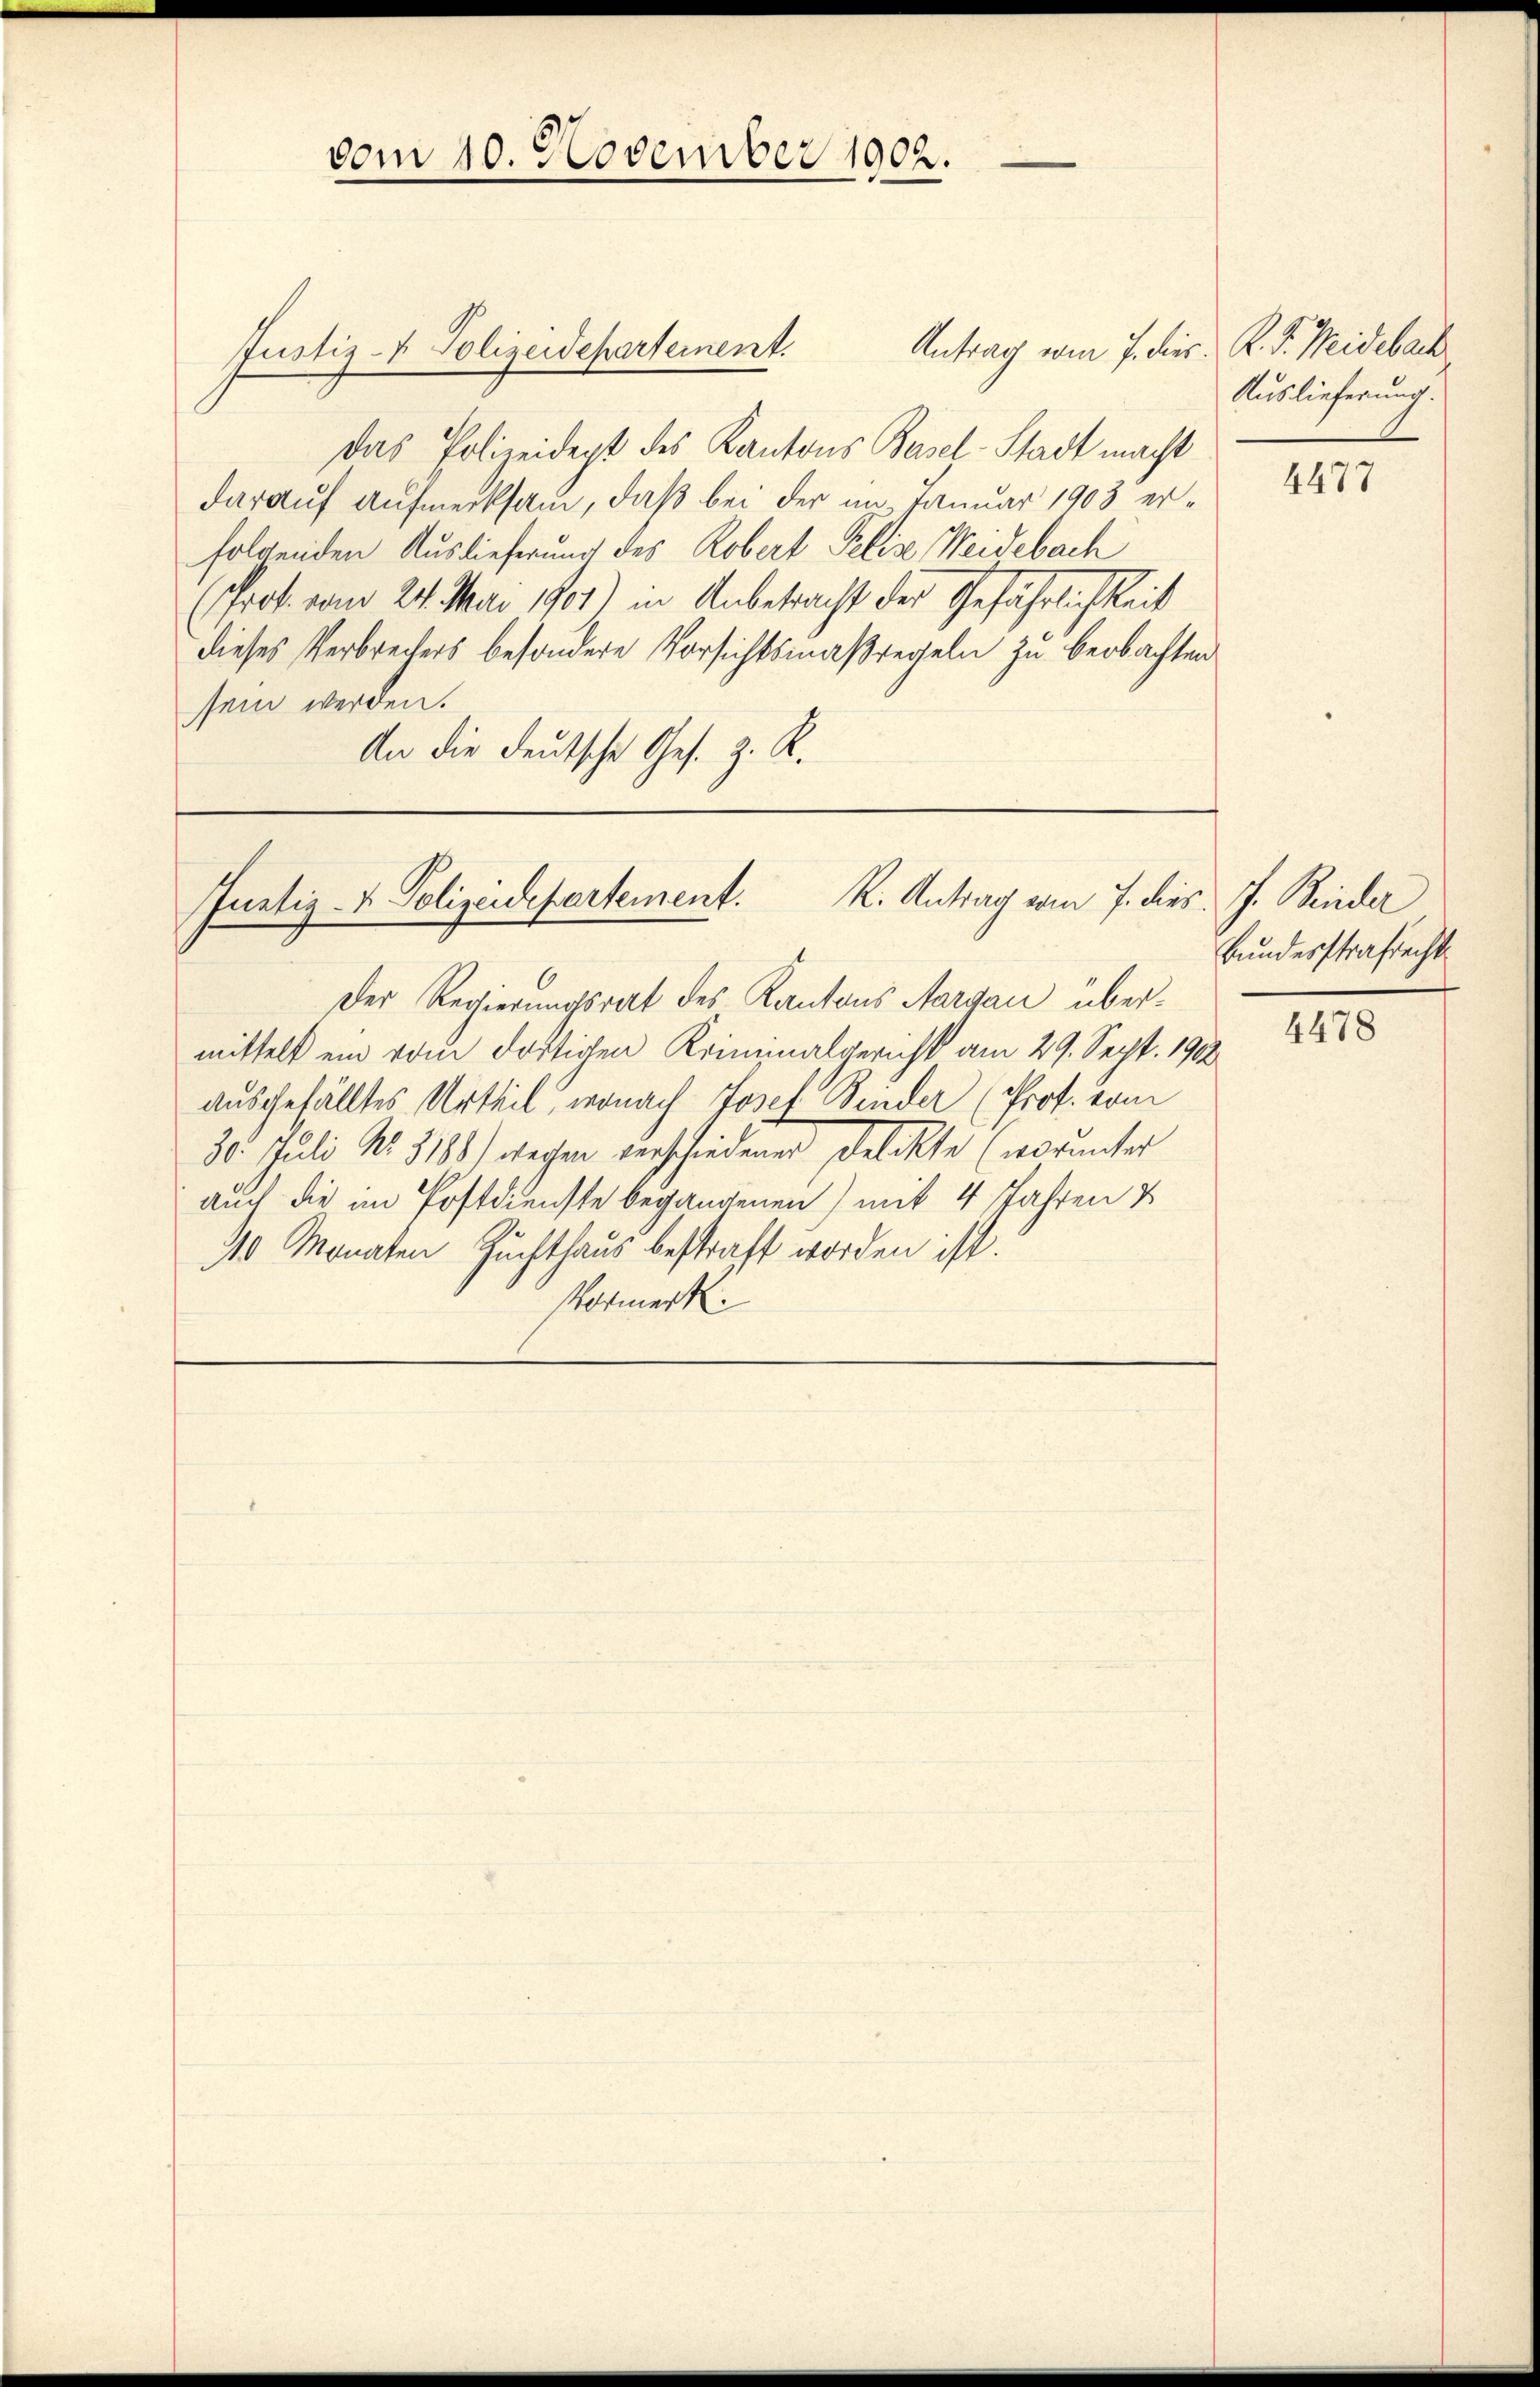
vom 10. November 1902.

Antrag vom 7. der K. J. Weideback
Justiz- & Polizeidepartement.
Das Polizeidept des Kantons Basel-Stadt macht
darauf Aufmerksam, daß bei der im Januar 1903 erfolgenden Auslieferung des Robert Felix Weidebach
(Prof. vom 24. Mai 1901) in Anbetracht der Gefährlichkeit
dieses Verbrechers besondere Vorsichtsmaßregeln zu beobachten
sein werden.
An die deutsche Ges. z. R.

R: Antrag vom 7. dies
Justiz- & Polizeidepartement.

Der Regierungsrat des Kantons Aargau übermittelt ein vom dortigen Kriminalgericht am 29. Sept. 1912
ausgefälltes Urtheil, wonach Josef Binder (Prof. vom
30. Juli Nr. 3188) wegen verschiedenen Delikte (worunter
auch die im Postdienste begangenen) mit 4 Jahren &
10 Monaten Zuchthaus bestraft worden ist.
Vormerk

Auslieferung.

4477

J. Binder
Bundesstrafrecht

4478